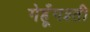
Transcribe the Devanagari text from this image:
गेहूँगश्ती